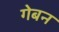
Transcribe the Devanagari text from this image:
गेबन